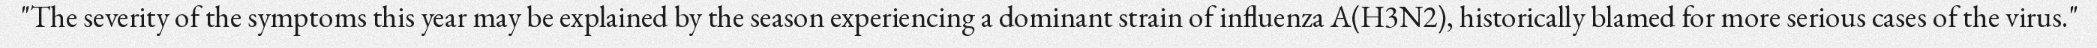
"The severity of the symptoms this year may be explained by the season experiencing a dominant strain of influenza A(H3N2), historically blamed for more serious cases of the virus."